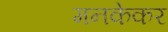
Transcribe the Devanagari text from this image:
मनकेकर